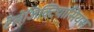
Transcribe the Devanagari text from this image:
टेलेंजिक्टियासियस